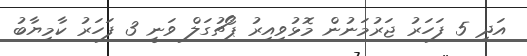
އަދި 5 ފަހަރު ޖަރުމަނުން މޮޅުވިއިރު ޕޯޗުގަލް ވަނީ 3 ފަހަރު ކާމިޔާބު